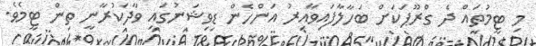
މި ޓީމުތައް ދެ ގްރޫޕަކަށް ބަހާލާފައިވާއިރު އަންހެން ޑިވިޝަނުގައި ވާދަކުރާނީ ތިން ޓީމެވެ.